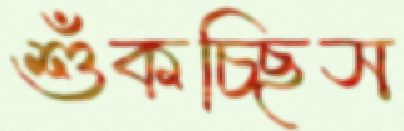
শুঁকচ্ছিস